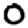
Digit: 0